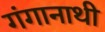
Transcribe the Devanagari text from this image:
गंगानाथी